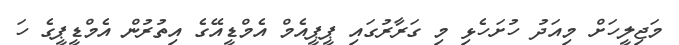
މަޖިލީހަށް މިއަދު ހުށަހެޅި މި ގަރާރުގައި ޕީޕީއެމް އެމްޑީއޭގެ އިތުރުން އެމްޑީޕީގެ ހަ